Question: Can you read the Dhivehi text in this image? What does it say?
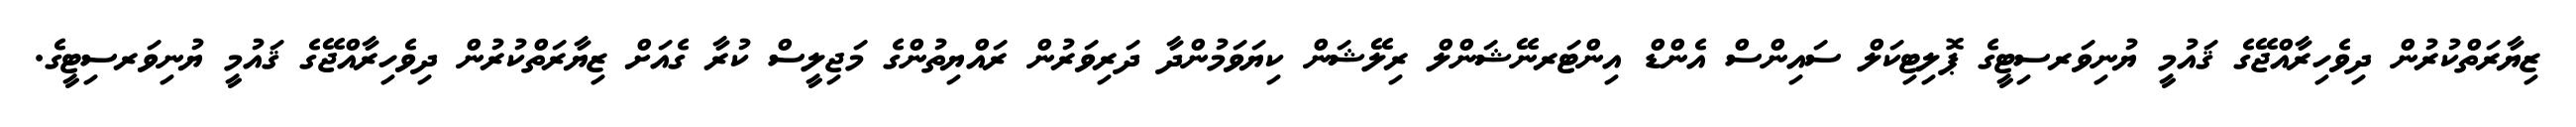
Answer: ޒިޔާރަތްކުރުން ދިވެހިރާއްޖޭގެ ޤައުމީ ޔުނިވަރސިޓީގެ ޕޮލިޓިކަލް ސައިންސް އެންޑް އިންޓަރނޭޝަންލް ރިލޭޝަން ކިޔަވަމުންދާ ދަރިވަރުން ރައްޔިތުންގެ މަޖިލީސް ކުރާ ގެއަށް ޒިޔާރަތްކުރުން ދިވެހިރާއްޖޭގެ ޤައުމީ ޔުނިވަރސިޓީގެ.